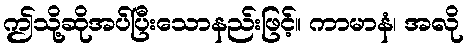
ဤသို့ဆိုအပ်ပြီးသောနည်းဖြင့်။ ကာမာနံ၊ အလို